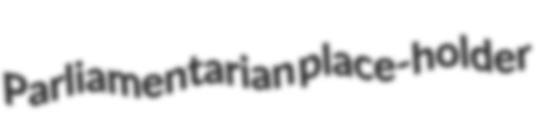
Parliamentarian place-holder